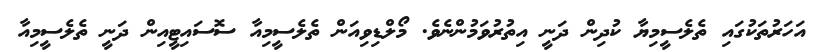
އަހަރުތަކުގައި ތެލެސީމިޔާ ކުދިން ދަނީ އިތުރުވަމުންނެވެ. މޯލްޑިވިއަން ތެލެސީމިއާ ސޮސައިޓީއިން ދަނީ ތެލެސީމިއާ